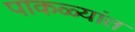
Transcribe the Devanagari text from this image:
पाकळ्यांत